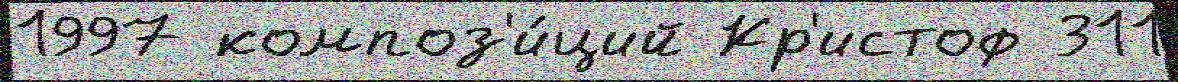
1997 композ'и́ций Кр'истоф 311